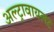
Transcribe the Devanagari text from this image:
अल्ट्रावायलट